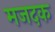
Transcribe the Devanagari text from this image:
मजदक